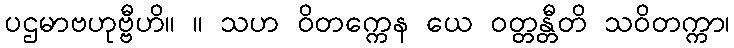
ပဌမာဗဟုဗ္ဗီဟိ။ ။ သဟ ဝိတက္ကေန ယေ ဝတ္တန္တီတိ သဝိတက္ကာ၊